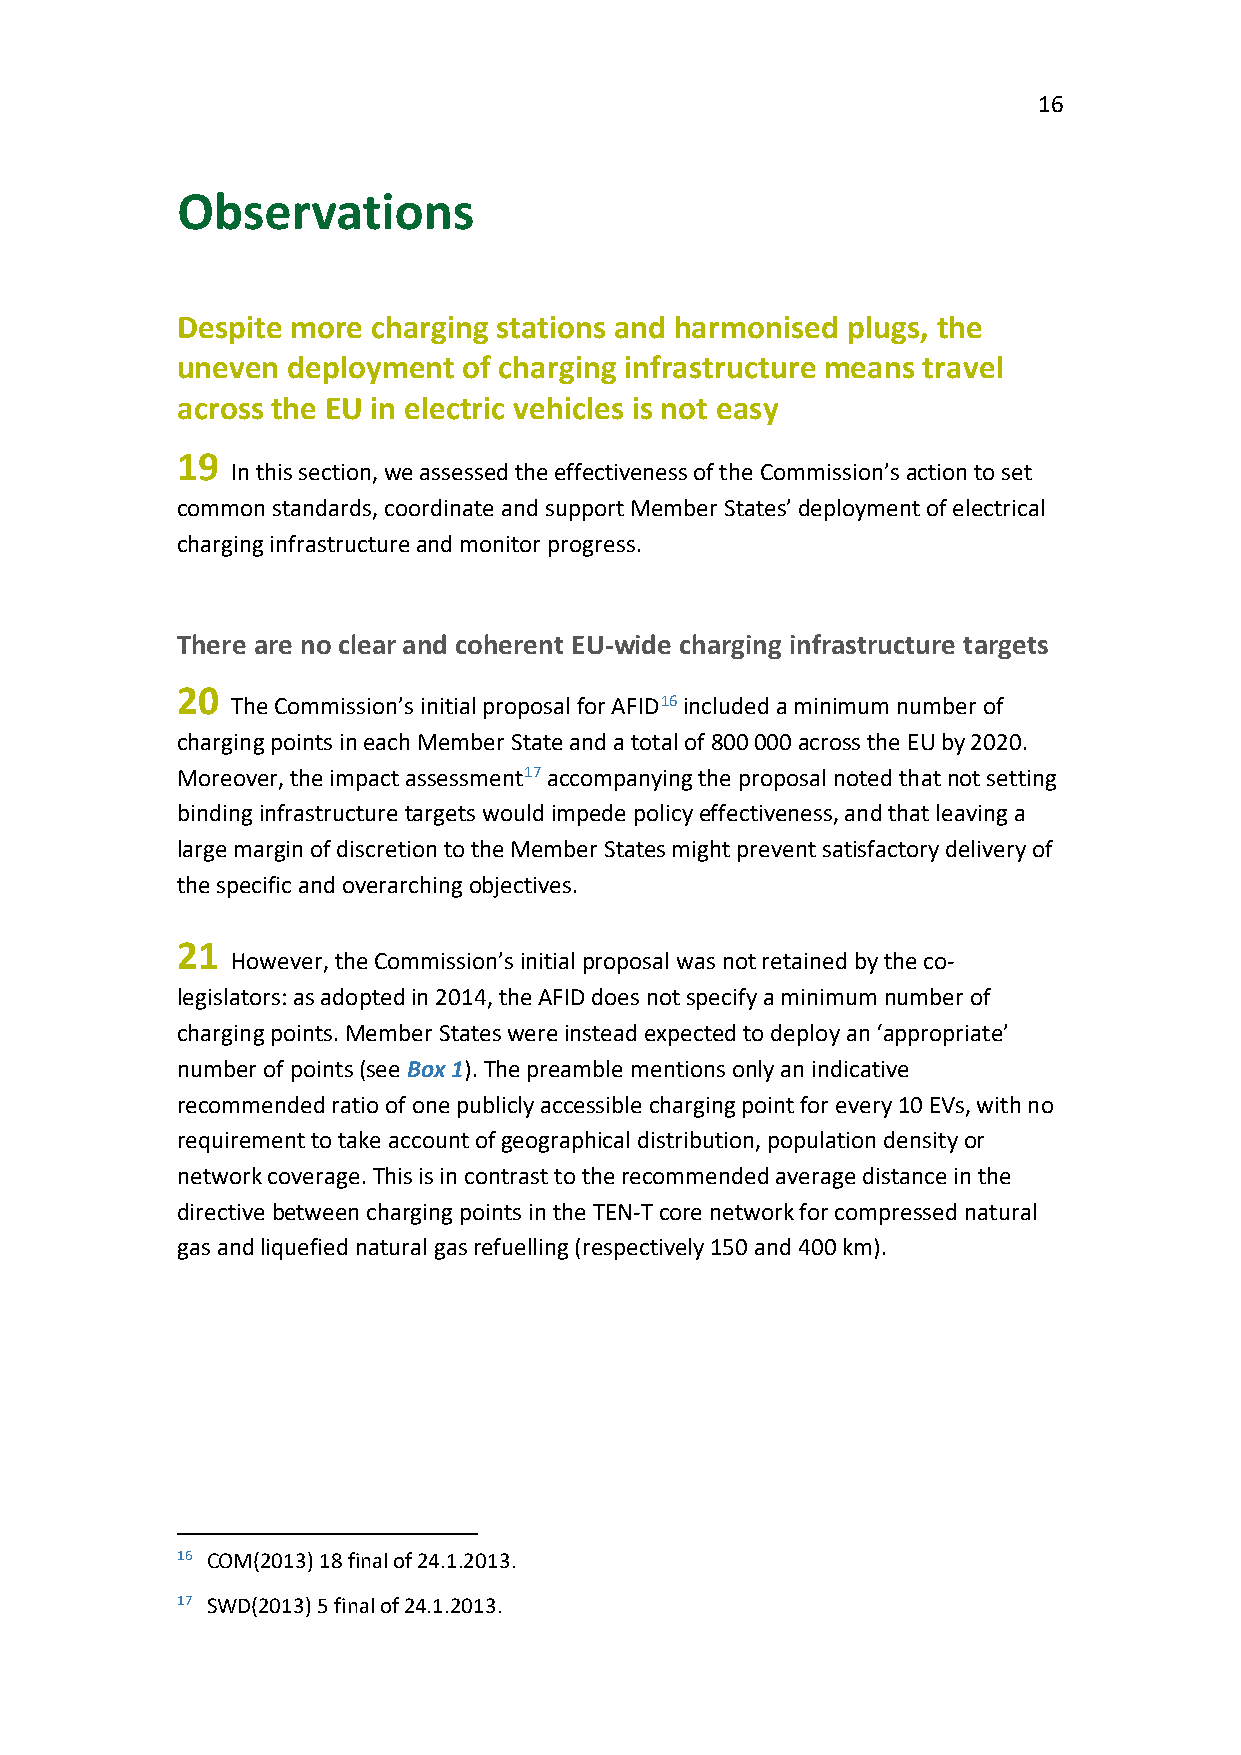
16
 Observations
 Despite more charging stations and harmonised plugs, the
 uneven deployment  of charging infrastructure means travel
 across the EU in electric vehicles is not easy
 19
 In this section, we assessed the effectiveness of the Commission’s action to set
 common standards, coordinate and support Member States’ deployment of electrical
 charging infrastructure and monitor progress.
 There are no clear and coherent EU-wide charging infrastructure targets
 20
 The Commission’s initial proposal for AFID16 included a minimum number of
 charging points in each Member State and a total of 800 000 across the EU by 2020.
 Moreover, the impact assessment17 accompanying the proposal noted that not setting
 binding infrastructure targets would impede policy effectiveness, and that leaving a
 large margin of discretion to the Member States might prevent satisfactory delivery of
 the specific and overarching objectives.
 21
 However, the Commission’s initial proposal was not retained by the co-
 legislators: as adopted in 2014, the AFID does not specify a minimum number of
 charging points. Member States were instead expected to deploy an ‘appropriate’
 number of points (see Box 1). The preamble mentions only an indicative
 recommended ratio of one publicly accessible charging point for every 10 EVs, with no
 requirement to take account of geographical distribution, population density or
 network coverage. This is in contrast to the recommended average distance in the
 directive between charging points in the TEN-T core network for compressed natural
 gas and liquefied natural gas refuelling (respectively 150 and 400 km).
 16 COM(2013) 18 final of 24.1.2013.
 17 SWD(2013) 5 final of 24.1.2013.